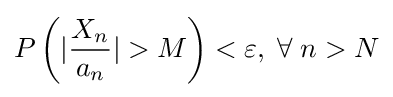
P\left(|{\frac {X_{n}}{a_{n}}}|>M\right)<\varepsilon ,\;\forall \;n>N